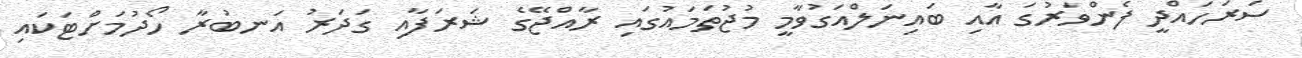
ސަރަހައްދީ ފެންވަރުގަ އާއި ބައިނަލްއަގުވާމީ މުޖުތަމައުގައި ރާއްޖޭގެ ޝަރަފާއި ގަދަރު އަނބުރާ ހޯދުމަށްޓަކައި